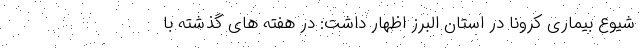
شیوع بیماری کرونا در استان البرز اظهار داشت: در هفته های گذشته با